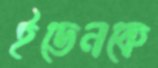
ইডেনকে